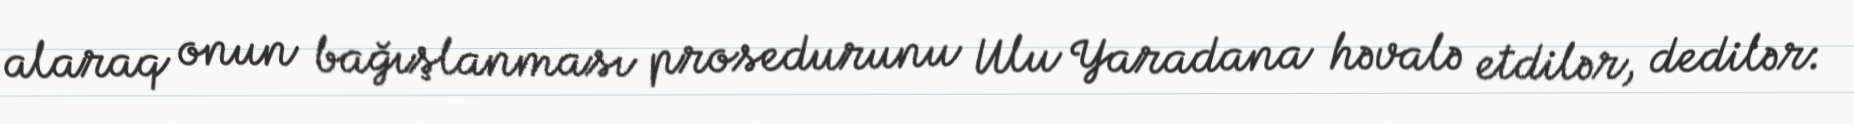
alaraq onun bağışlanması prosedurunu Ulu Yaradana həvalə etdilər, dedilər: